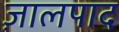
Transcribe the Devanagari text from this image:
ज़ालपाद